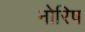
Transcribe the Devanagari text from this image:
नोरिष